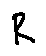
R